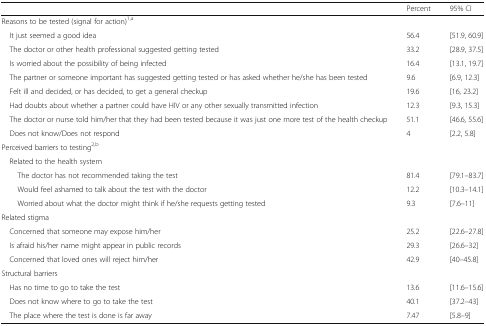
<table><thead><tr><td></td><td><b>Percent</b></td><td><b>95% CI</b></td></tr></thead><tbody><tr><td colspan="3">Reasons to be tested (signal for action)<sup>1,a</sup></td></tr><tr><td> It just seemed a good idea</td><td>56.4</td><td>[51.9, 60.9]</td></tr><tr><td> The doctor or other health professional suggested getting tested</td><td>33.2</td><td>[28.9, 37.5]</td></tr><tr><td> Is worried about the possibility of being infected</td><td>16.4</td><td>[13.1, 19.7]</td></tr><tr><td> The partner or someone important has suggested getting tested or has asked whether he/she has been tested</td><td>9.6</td><td>[6.9, 12.3]</td></tr><tr><td> Felt ill and decided, or has decided, to get a general checkup</td><td>19.6</td><td>[16, 23.2]</td></tr><tr><td> Had doubts about whether a partner could have HIV or any other sexually transmitted infection</td><td>12.3</td><td>[9.3, 15.3]</td></tr><tr><td> The doctor or nurse told him/her that they had been tested because it was just one more test of the health checkup</td><td>51.1</td><td>[46.6, 55.6]</td></tr><tr><td> Does not know/Does not respond</td><td>4</td><td>[2.2, 5.8]</td></tr><tr><td colspan="3">Perceived barriers to testing<sup>2,b</sup></td></tr><tr><td colspan="3"> Related to the health system</td></tr><tr><td>The doctor has not recommended taking the test</td><td>81.4</td><td>[79.1–83.7]</td></tr><tr><td>Would feel ashamed to talk about the test with the doctor</td><td>12.2</td><td>[10.3–14.1]</td></tr><tr><td>Worried about what the doctor might think if he/she requests getting tested</td><td>9.3</td><td>[7.6–11]</td></tr><tr><td colspan="3">Related stigma</td></tr><tr><td> Concerned that someone may expose him/her</td><td>25.2</td><td>[22.6–27.8]</td></tr><tr><td> Is afraid his/her name might appear in public records</td><td>29.3</td><td>[26.6–32]</td></tr><tr><td> Concerned that loved ones will reject him/her</td><td>42.9</td><td>[40–45.8]</td></tr><tr><td colspan="3">Structural barriers</td></tr><tr><td> Has no time to go to take the test</td><td>13.6</td><td>[11.6–15.6]</td></tr><tr><td> Does not know where to go to take the test</td><td>40.1</td><td>[37.2–43]</td></tr><tr><td> The place where the test is done is far away</td><td>7.47</td><td>[5.8–9]</td></tr></tbody></table>